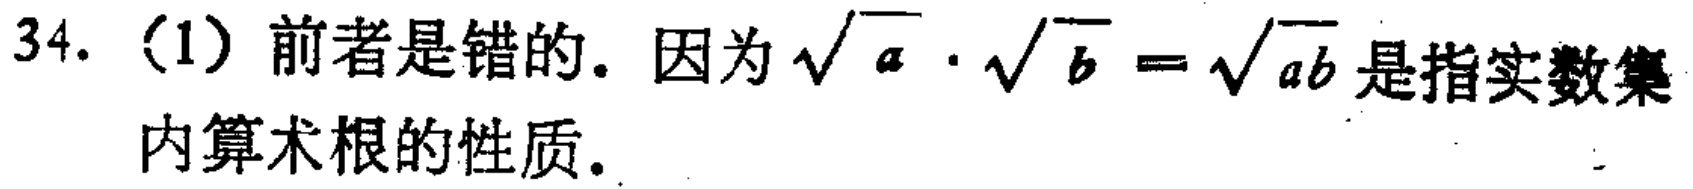
34. (1) 前者是错的. 因为$\sqrt{a}\cdot\sqrt{b}=\sqrt{ab}$是指实数集内算术根的性质.